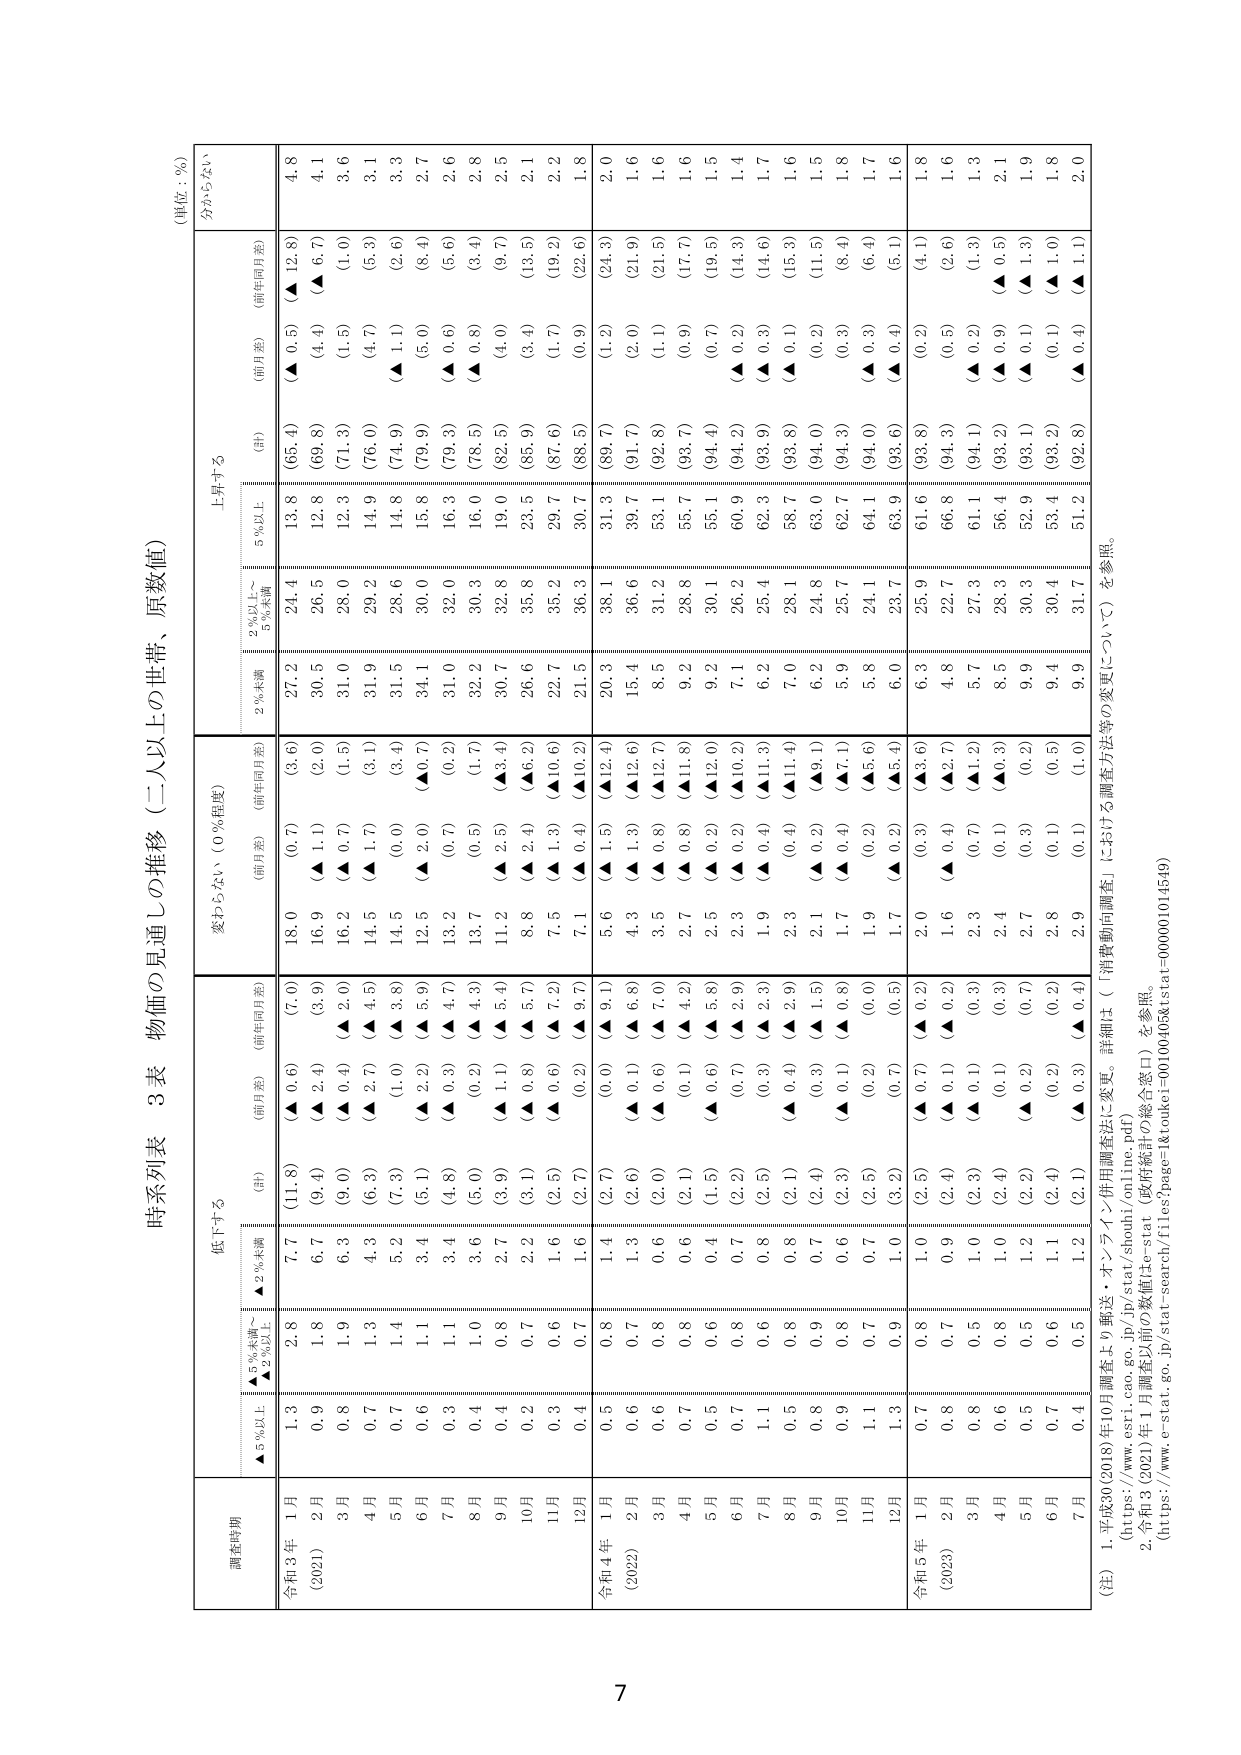
時系列表　3表　物価の見通しの推移（二人以上の世帯、原数値）
（単位：％）

調査時期
低下する
変わらない（0％程度）
上昇する
分からない

　　▲5％以上　　▲2％未満　　（計）　　（前月差）　　（前年同月差）　　（前月差）　　（前年同月差）　　2％未満　　2％以上～　　5％未満　　5％以上　　（計）　　（前月差）　　（前年同月差）

令和3年（2021）
1月　　1.3　　2.8　　7.7　　（11.8）　　（▲ 0.6）　　（7.0）　　18.0　　（0.7）　　（3.6）　　27.2　　24.4　　13.8　　（65.4）　　（▲ 0.5）　　（▲ 12.8）　　4.8
2月　　0.9　　1.8　　6.7　　（9.4）　　（▲ 2.4）　　（3.9）　　16.9　　（▲ 1.1）　　（2.0）　　30.5　　26.5　　12.8　　（69.8）　　（4.4）　　（▲ 6.7）　　4.1
3月　　0.8　　1.9　　6.3　　（9.0）　　（▲ 0.4）　　（2.0）　　16.2　　（▲ 0.7）　　（1.5）　　31.0　　28.0　　12.3　　（71.3）　　（1.5）　　（1.0）　　3.6
4月　　0.7　　1.3　　4.3　　（6.3）　　（▲ 2.7）　　（4.5）　　14.5　　（▲ 1.7）　　（3.1）　　31.9　　29.2　　14.9　　（76.0）　　（4.7）　　（5.3）　　3.1
5月　　0.7　　1.4　　5.2　　（7.3）　　（1.0）　　（▲ 3.8）　　14.5　　（0.0）　　（3.4）　　31.5　　28.6　　14.8　　（74.9）　　（▲ 1.1）　　（2.6）　　3.3
6月　　0.6　　1.1　　3.4　　（5.1）　　（▲ 2.2）　　（▲ 5.9）　　12.5　　（▲ 2.0）　　（▲ 0.7）　　34.1　　30.0　　15.8　　（79.9）　　（5.0）　　（8.4）　　2.7
7月　　0.3　　1.1　　3.4　　（4.8）　　（▲ 0.3）　　（▲ 4.7）　　13.2　　（0.7）　　（0.2）　　31.0　　32.0　　16.3　　（79.3）　　（▲ 0.6）　　（5.6）　　2.6
8月　　0.4　　1.0　　3.6　　（5.0）　　（0.2）　　（▲ 4.3）　　13.7　　（0.5）　　（1.7）　　32.2　　30.3　　16.0　　（78.5）　　（▲ 0.8）　　（3.4）　　2.8
9月　　0.4　　0.8　　2.7　　（3.9）　　（▲ 1.1）　　（▲ 5.4）　　11.2　　（▲ 2.5）　　（▲ 3.4）　　30.7　　32.8　　19.0　　（82.5）　　（4.0）　　（9.7）　　2.5
10月　　0.2　　0.7　　2.2　　（3.1）　　（▲ 0.8）　　（▲ 5.7）　　8.8　　（▲ 2.4）　　（▲ 6.2）　　26.6　　35.8　　23.5　　（85.9）　　（3.4）　　（13.5）　　2.1
11月　　0.3　　0.6　　1.6　　（2.5）　　（▲ 0.6）　　（▲ 7.2）　　7.5　　（▲ 1.3）　　（▲ 10.6）　　22.7　　35.2　　29.7　　（87.6）　　（1.7）　　（19.2）　　2.2
12月　　0.4　　0.7　　1.6　　（2.7）　　（0.2）　　（▲ 9.7）　　7.1　　（▲ 0.4）　　（▲ 10.2）　　21.5　　36.3　　30.7　　（88.5）　　（0.9）　　（22.6）　　1.8

令和4年（2022）
1月　　0.5　　0.8　　1.4　　（2.7）　　（0.0）　　（▲ 9.1）　　5.6　　（▲ 1.5）　　（▲ 12.4）　　20.3　　38.1　　31.3　　（89.7）　　（1.2）　　（24.3）　　2.0
2月　　0.6　　0.7　　1.3　　（2.6）　　（▲ 0.1）　　（▲ 6.8）　　4.3　　（▲ 1.3）　　（▲ 12.6）　　15.4　　36.6　　39.7　　（91.7）　　（2.0）　　（21.9）　　1.6
3月　　0.6　　0.8　　0.6　　（2.0）　　（▲ 0.6）　　（▲ 7.0）　　3.5　　（▲ 0.8）　　（▲ 12.7）　　8.5　　31.2　　53.1　　（92.8）　　（1.1）　　（21.5）　　1.6
4月　　0.7　　0.8　　0.6　　（2.1）　　（0.1）　　（▲ 4.2）　　2.7　　（▲ 0.8）　　（▲ 11.8）　　9.2　　28.8　　55.7　　（93.7）　　（0.9）　　（17.7）　　1.6
5月　　0.5　　0.6　　0.4　　（1.5）　　（▲ 0.6）　　（▲ 5.8）　　2.5　　（▲ 0.2）　　（▲ 12.0）　　9.2　　30.1　　55.1　　（94.4）　　（0.7）　　（19.5）　　1.5
6月　　0.7　　0.8　　0.7　　（2.2）　　（0.7）　　（▲ 2.9）　　2.3　　（▲ 0.2）　　（▲ 10.2）　　7.1　　26.2　　60.9　　（94.2）　　（▲ 0.2）　　（14.3）　　1.4
7月　　1.1　　0.6　　0.8　　（2.5）　　（0.3）　　（▲ 2.3）　　1.9　　（▲ 0.4）　　（▲ 11.3）　　6.2　　25.4　　62.3　　（93.9）　　（▲ 0.3）　　（14.6）　　1.7
8月　　0.5　　0.8　　0.8　　（2.1）　　（▲ 0.4）　　（▲ 2.9）　　2.3　　（0.4）　　（▲ 11.4）　　7.0　　28.1　　58.7　　（93.8）　　（▲ 0.1）　　（15.3）　　1.6
9月　　0.8　　0.9　　0.7　　（2.4）　　（0.3）　　（▲ 1.5）　　2.1　　（▲ 0.2）　　（▲ 9.1）　　6.2　　24.8　　63.0　　（94.0）　　（0.2）　　（11.5）　　1.5
10月　　0.9　　0.8　　0.6　　（2.3）　　（▲ 0.1）　　（▲ 0.8）　　1.7　　（▲ 0.4）　　（▲ 7.1）　　5.9　　25.7　　62.7　　（94.3）　　（0.3）　　（8.4）　　1.8
11月　　1.1　　0.7　　0.7　　（2.5）　　（0.2）　　（0.0）　　1.9　　（0.2）　　（▲ 5.6）　　5.8　　24.1　　64.1　　（94.0）　　（▲ 0.3）　　（6.4）　　1.7
12月　　1.3　　0.9　　1.0　　（3.2）　　（0.7）　　（0.5）　　1.7　　（▲ 0.2）　　（▲ 5.4）　　6.0　　23.7　　63.9　　（93.6）　　（▲ 0.4）　　（5.1）　　1.6

令和5年（2023）
1月　　0.7　　0.8　　1.0　　（2.5）　　（▲ 0.7）　　（▲ 0.2）　　2.0　　（0.3）　　（▲ 3.6）　　6.3　　25.9　　61.6　　（93.8）　　（0.2）　　（4.1）　　1.8
2月　　0.8　　0.7　　0.9　　（2.4）　　（▲ 0.1）　　（▲ 0.2）　　1.6　　（▲ 0.4）　　（▲ 2.7）　　4.8　　22.7　　66.8　　（94.3）　　（0.5）　　（2.6）　　1.6
3月　　0.8　　0.5　　1.0　　（2.3）　　（▲ 0.1）　　（0.3）　　2.3　　（0.7）　　（▲ 1.2）　　5.7　　27.3　　61.1　　（94.1）　　（▲ 0.2）　　（1.3）　　1.3
4月　　0.6　　0.8　　1.0　　（2.4）　　（0.1）　　（0.3）　　2.4　　（0.1）　　（▲ 0.3）　　8.5　　28.3　　56.4　　（93.2）　　（▲ 0.9）　　（▲ 0.5）　　2.1
5月　　0.5　　0.5　　1.2　　（2.2）　　（▲ 0.2）　　（0.7）　　2.7　　（0.3）　　（0.2）　　9.9　　30.3　　52.9　　（93.1）　　（▲ 0.1）　　（▲ 1.3）　　1.9
6月　　0.7　　0.6　　1.1　　（2.4）　　（0.2）　　（0.2）　　2.8　　（0.1）　　（0.5）　　9.4　　30.4　　53.4　　（93.2）　　（0.1）　　（▲ 1.0）　　1.8
7月　　0.4　　0.5　　1.2　　（2.1）　　（▲ 0.3）　　（▲ 0.4）　　2.9　　（0.1）　　（1.0）　　9.9　　31.7　　51.2　　（92.8）　　（▲ 0.4）　　（▲ 1.1）　　2.0

（注）1. 平成30（2018）年10月調査より郵送・オンライン併用調査法に変更。詳細は（「消費動向調査」における調査方法等の変更について）を参照。
　　（https://www.esri.cao.go.jp/jp/stat/shouhi/online.pdf）
　　2. 令和3（2021）年1月調査以前の数値はe-stat（政府統計の総合窓口）を参照。
　　（https://www.e-stat.go.jp/stat-search/files?page=1&toukei=001100405&stat_id=000001014549）

7